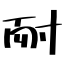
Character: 耐